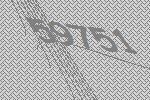
59751